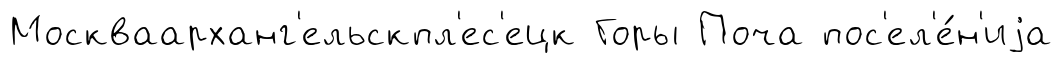
Москваарханг'ельскпл'ес'ецк Горы Поча пос'ел'е́н'иjа